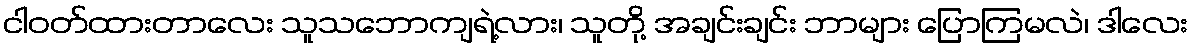
ငါဝတ်ထားတာလေး သူသဘောကျရဲ့လား၊ သူတို့ အချင်းချင်း ဘာများ ပြောကြမလဲ၊ ဒါလေး